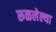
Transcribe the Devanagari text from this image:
रूळलेल्या